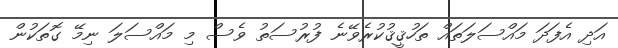
އަދި އެފަދަ މައްސަލަތައް ތަހުޤީޤުކުރެވޭނެ ފުރުސަތު ވެސް މި މައްސަލަ ނިމޭ ގޮތަކުން